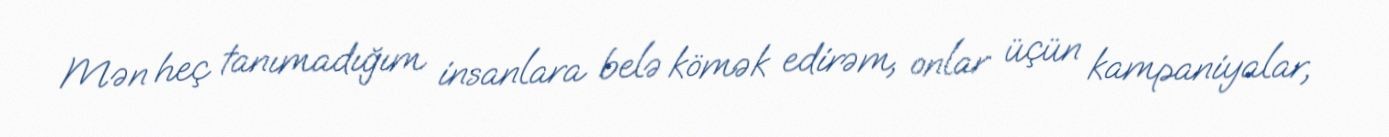
Mən heç tanımadığım insanlara belə kömək edirəm, onlar üçün kampaniyalar,